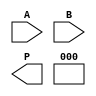
module array_multiplier #(parameter A_WIDTH = 4, parameter B_WIDTH = 4)(
    input [A_WIDTH-1:0] A,
    input [B_WIDTH-1:0] B,
    output reg [A_WIDTH+B_WIDTH-1:0] P
);
    // Partial products array
    wire [A_WIDTH*B_WIDTH-1:0] pp; // Partial Products
    wire [A_WIDTH+B_WIDTH-1:0] sum [0:B_WIDTH-1]; // Intermediate sums

    // Generate partial products
    genvar i, j;
    generate
        for (i = 0; i < A_WIDTH; i = i + 1) begin : pp_gen
            for (j = 0; j < B_WIDTH; j = j + 1) begin : pp_row
                assign pp[i * B_WIDTH + j] = A[i] & B[j]; // AND gate
            end
        end
    endgenerate

    // Initialize the sum to zero
    assign sum[0] = {A_WIDTH + B_WIDTH{1'b0}}; // First sum starts from 0

    // Add the partial products in rows
    generate
        for (i = 0; i < B_WIDTH; i = i + 1) begin : add_rows
            if (i == 0) begin
                // The first row is just the partial products
                assign sum[i] = {pp[i * B_WIDTH + A_WIDTH - 1], pp[i * B_WIDTH + A_WIDTH - 2], 
                                 pp[i * B_WIDTH + A_WIDTH - 3], pp[i * B_WIDTH + A_WIDTH - 4], 
                                 pp[i * B_WIDTH + A_WIDTH - 5], pp[i * B_WIDTH + A_WIDTH - 6], 
                                 pp[i * B_WIDTH + A_WIDTH - 7], pp[i * B_WIDTH + A_WIDTH - 8]} >> i;  
            end else begin
                // Sum current row of partial products with previous sum
                assign sum[i] = sum[i-1] + {pp[i * B_WIDTH + A_WIDTH - 1], pp[i * B_WIDTH + A_WIDTH - 2], 
                                             pp[i * B_WIDTH + A_WIDTH - 3], pp[i * B_WIDTH + A_WIDTH - 4], 
                                             pp[i * B_WIDTH + A_WIDTH - 5], pp[i * B_WIDTH + A_WIDTH - 6], 
                                             pp[i * B_WIDTH + A_WIDTH - 7], pp[i * B_WIDTH + A_WIDTH - 8]} >> i;
            end
        end
    endgenerate

    // Assign final product
    always @(*) begin
        P = sum[B_WIDTH-1]; // The last sum is the final product
    end

endmodule